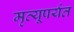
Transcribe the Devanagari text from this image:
मृत्यूपर्यत